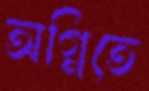
অগ্নিতে